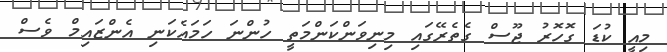
މިއީ ކުޑަ ގޮހޮރު ޖޫސް ގެތެރޭގައި މިނިވަންކަންމަތީ ހުންނަ ހަމައެކަނި އެންޒައިމް ވެސް